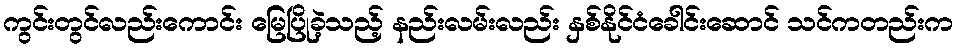
ကွင်းတွင်လည်းကောင်း မြေပြိုခဲ့သည့် နည်းလမ်းလည်း နှစ်နိုင်ငံခေါင်းဆောင် သင်ကတည်းက